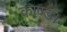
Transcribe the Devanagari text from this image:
काण्ड।